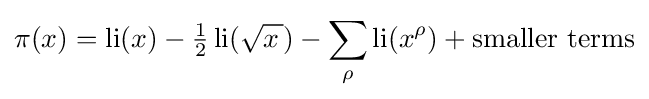
\pi (x)=\operatorname {li} (x)-{\tfrac {1}{2}}\operatorname {li} ({\sqrt {x\,}})-\sum _{\rho }\operatorname {li} (x^{\rho })+{\text{smaller terms}}